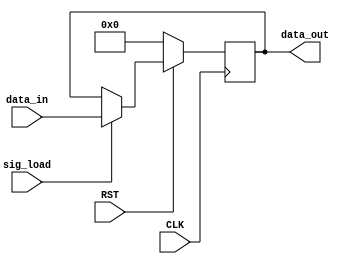
// ECE5440
// loadreg.v
// Decription: Holds player input value and updates upon receiving button confirmation
//      Clocked circuit
//		One-Procedure FSM

module loadreg(
	// inputs
    CLK, RST, data_in, sig_load,
	// outputs
    data_out
	);

	input CLK, RST, sig_load;
	input [3:0] data_in;
	output [3:0] data_out;
	reg [3:0] data_out;

	// current state within FSM
	reg loadreg_state;
	parameter Store = 1'b0, Load = 1'b1;

	always @ (posedge CLK) begin
		if (RST == 0)
		begin
			loadreg_state <= Store;
			data_out <= 4'b0000;
		end
		else begin case (loadreg_state)
				Store: begin
					if(sig_load == 1'b1)
					begin
						loadreg_state <= Load;
						data_out <= data_in;
					end
				end
				Load: begin
					if(sig_load == 1'b0)
					begin
						loadreg_state <= Store;
					end
					if(sig_load == 1'b1)
					begin
						loadreg_state <= Load;
						data_out <= data_in;
					end
				end
				default: begin loadreg_state <= Store; end
			endcase
		end
	end

endmodule